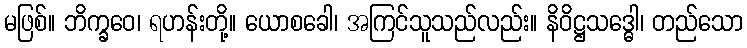
မဖြစ်။ ဘိက္ခဝေ၊ ရဟန်းတို့။ ယောစခေါ၊ အကြင်သူသည်လည်း။ နိဝိဋ္ဌသဒ္ဓေါ၊ တည်သော